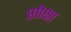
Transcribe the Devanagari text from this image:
८पेक्षा